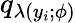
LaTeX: q_{\lambda(y_{i};\phi)}